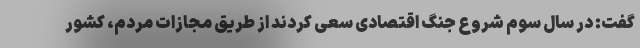
گفت: در سال سوم شروع جنگ اقتصادی سعی کردند از طریق مجازات مردم، کشور